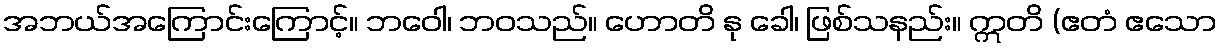
အဘယ်အကြောင်းကြောင့်။ ဘဝေါ၊ ဘဝသည်။ ဟောတိ နု ခေါ၊ ဖြစ်သနည်း။ ဣတိ (ဧတံ ဧသော